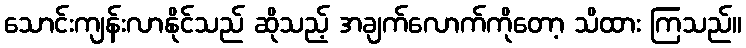
သောင်းကျန်းလာနိုင်သည် ဆိုသည့် အချက်လောက်ကိုတော့ သိထား ကြသည်။